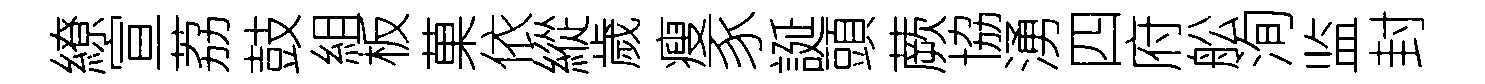
繚宣荔鼓組板菓依縱歲瘦豕誕頭蕨協湧四府舩洵监封